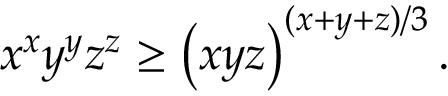
x ^ { x } y ^ { y } z ^ { z } \geq \left( x y z \right) ^ { ( x + y + z ) / 3 } .